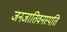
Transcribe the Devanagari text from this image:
जनजातिवनस्पति